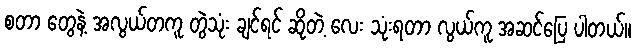
စတာ တွေနဲ့ အလွယ်တကူ တွဲသုံး ချင်ရင် ဆိုတဲ့ လေး သုံးရတာ လွယ်ကူ အဆင်ပြေ ပါတယ်။